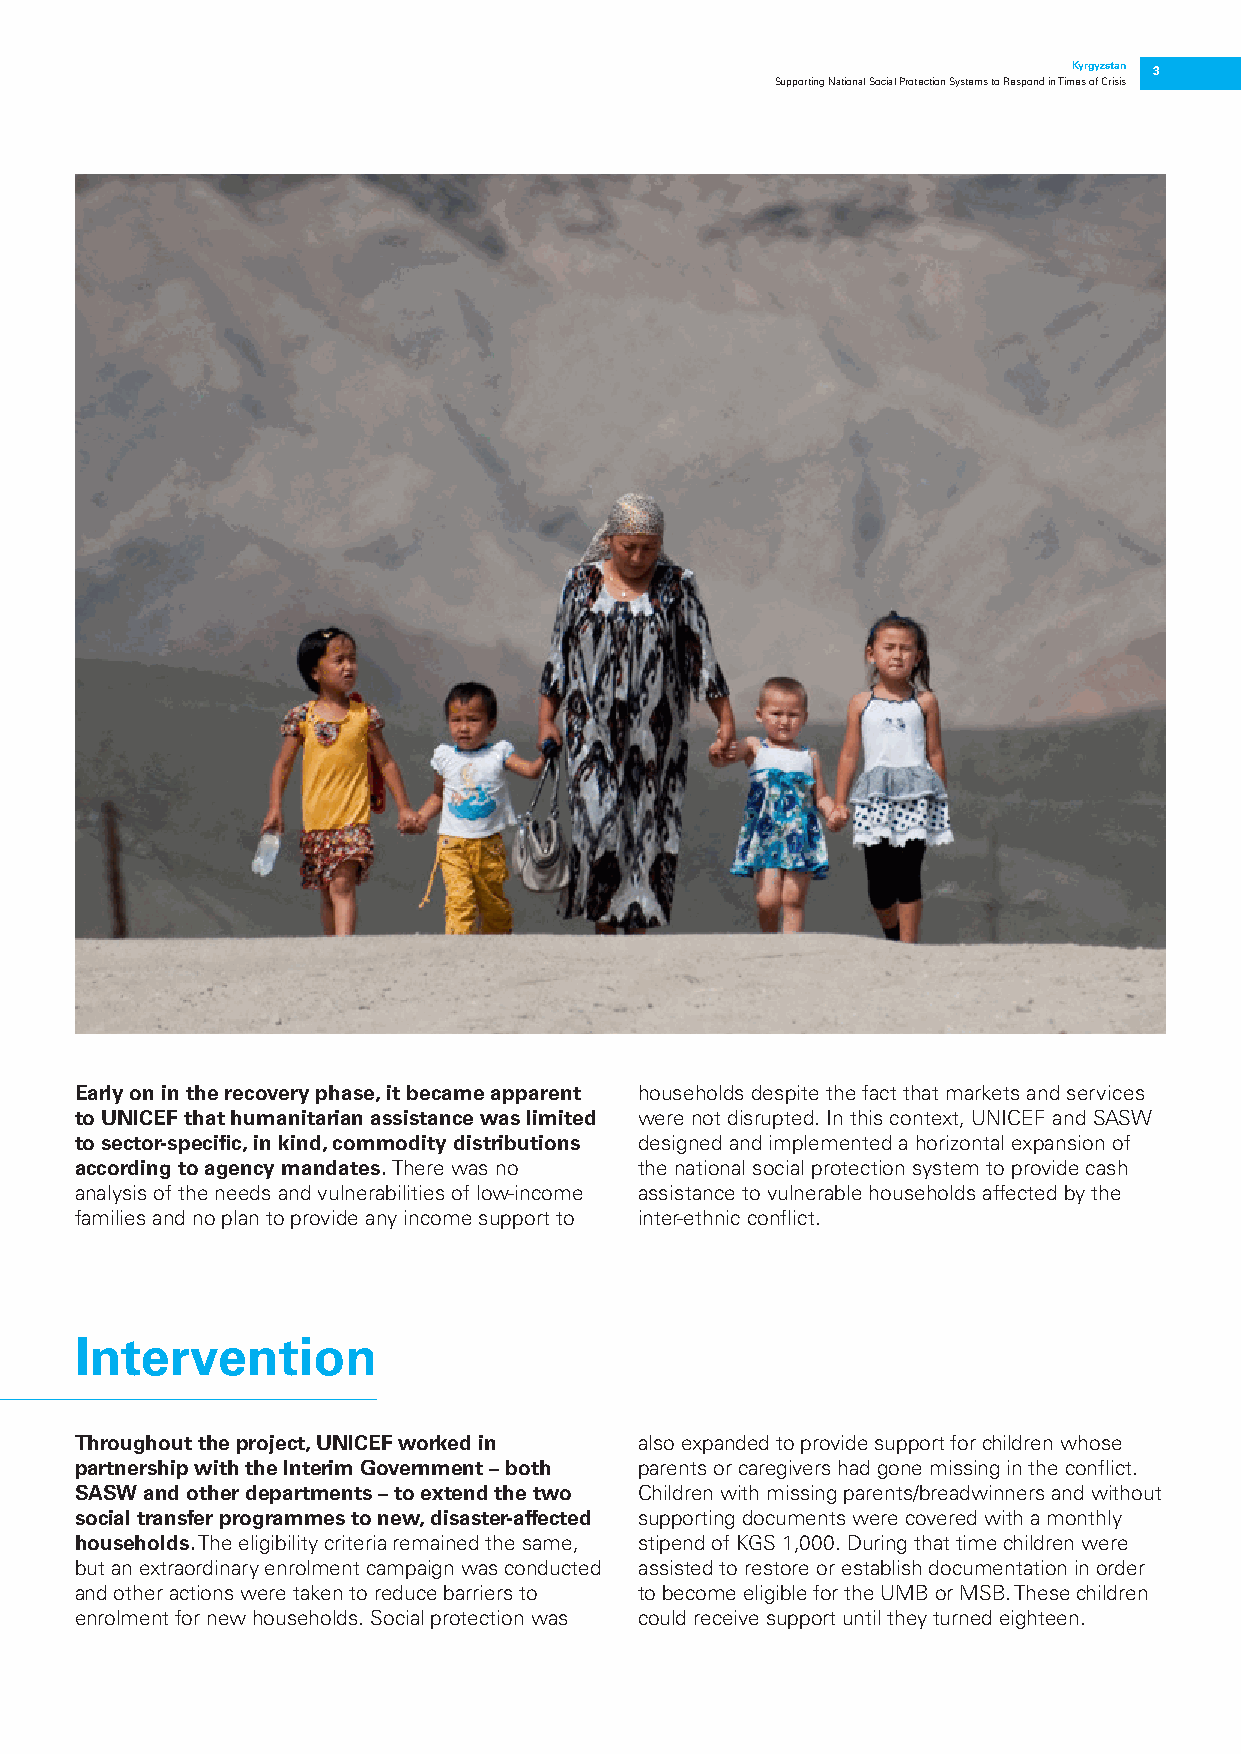
Kyrgyzstan 3
 Supporting National Social Protection Systems to Respond in Times of Crisis
 Early on in the recovery phase, it became apparent households despite the fact that markets and services
 to UNICEF that humanitarian assistance was limited were not disrupted. In this context, UNICEF and SASW
 to sector-specific, in kind, commodity distributions designed and implemented a horizontal expansion of
 according to agency mandates. There was no the national social protection system to provide cash
 analysis of the needs and vulnerabilities of low-income assistance to vulnerable households affected by the
 families and no plan to provide any income support to inter-ethnic conflict.
 Intervention
 Throughout the project, UNICEF worked in also expanded to provide support for children whose
 partnership with the Interim Government – both parents or caregivers had gone missing in the conflict.
 SASW and other departments – to extend the two Children with missing parents/breadwinners and without
 social transfer programmes to new, disaster-affected supporting documents were covered with a monthly
 households. The eligibility criteria remained the same, stipend of KGS 1,000. During that time children were
 but an extraordinary enrolment campaign was conducted assisted to restore or establish documentation in order
 and other actions were taken to reduce barriers to to become eligible for the UMB or MSB. These children
 enrolment for new households. Social protection was could receive support until they turned eighteen.